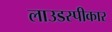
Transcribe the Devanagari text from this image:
लाउडस्पीकार